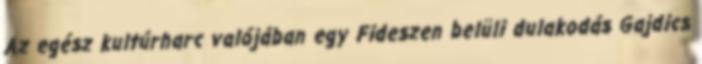
Az egész kultúrharc valójában egy Fideszen belüli dulakodás Gajdics